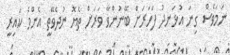
ނަމަވެސް ގިނަ އުޅަނދު ފަހަރަށް ބޭނުންވާ ވަރަށް ތެޔޮ ނުދެވޭތީ އެންމެ ކައިރީ